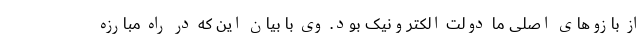
از بازوهای اصلی ما دولت الکترونیک بود. وی با بیان این که در راه مبارزه